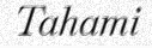
Tahami